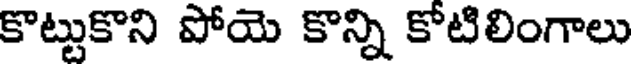
కొట్టుకొని పోయె కొన్ని కోటిలింగాలు